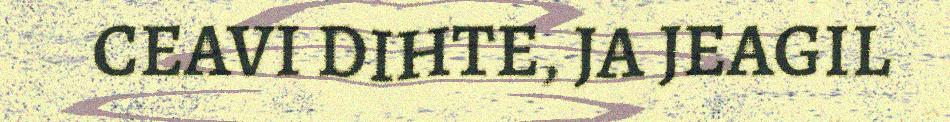
CEAVI DIHTE, JA JEAGIL